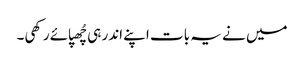
میں نے یہ بات اپنے اندر ہی چُھپائے رکھی۔